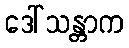
ဒေါ်သန္တာက